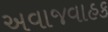
અવાજવાહક